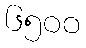
၆၅၀၀